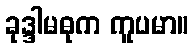
ခုဒ္ဒါမဓုက ကူပမာ။